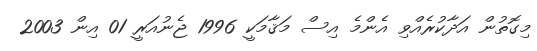
މިގޮތުން އަދާކުރެއްވި އެންމެ އިސް މަޤާމަކީ 1996 ޖެނުއަރީ 01 އިން 2003